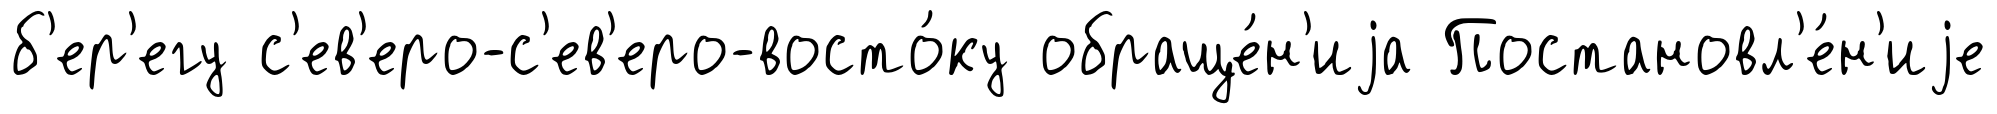
б'ер'егу с'ев'еро-с'ев'еро-восто́ку обраще́н'иjа Постановл'е́н'иjе